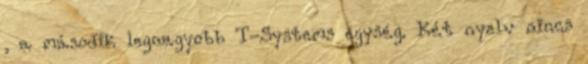
, a második legnagyobb T-Systems egység. Két nyelv nincs